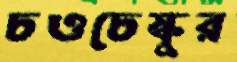
চওচেস্কুর